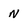
Character: N